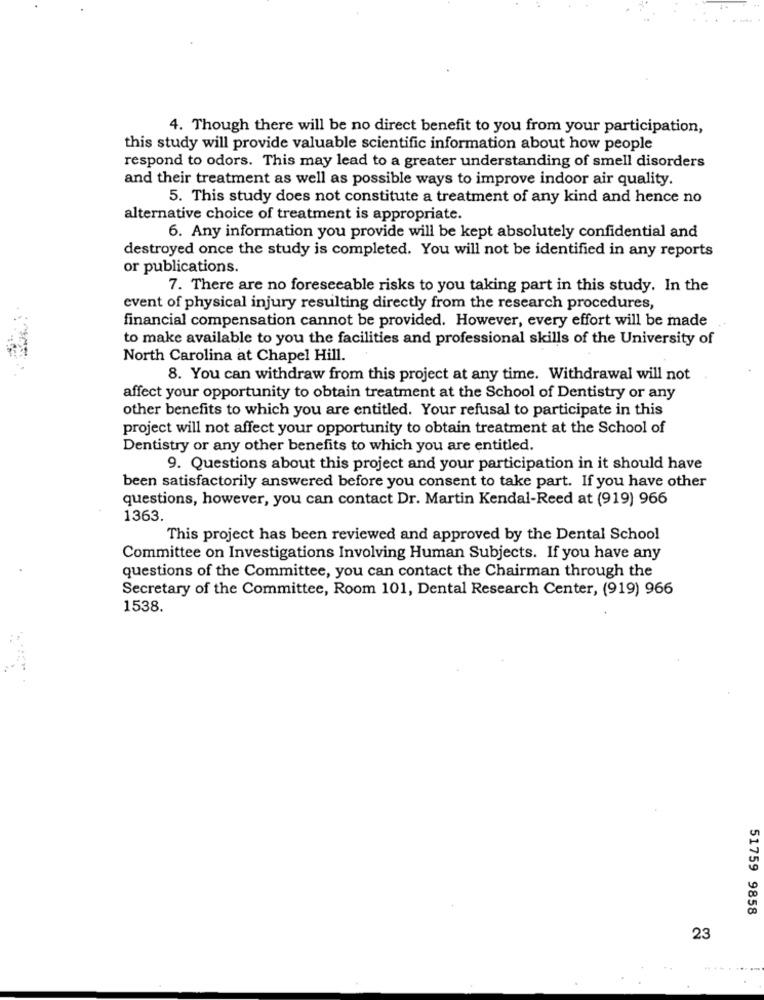
4. Though there will be no direct benefit to you from your participation,
this study will provide valuable scientific information about how people
respond to odors. This may lead to a greater understanding of smell disorders
and their treatment as well as possible ways to improve indoor air quality.
5. This study does not constitute a treatment of any kind and hence no
alternative choice of treatment is appropriate.
6. Any information you provide will be kept absolutely confidential and
destroyed once the study is completed. You will not be identified in any reports
or publications.
7. There are no foreseeable risks to you taking part in this study. In the
event of physical injury resulting directly from the research procedures,
financial compensation cannot be provided. However, every effort will be made
to make available to you the facilities and professional skills of the University of
North Carolina at Chapel Hill.
8. You can withdraw from this project at any time. Withdrawal will not
affect your opportunity to obtain treatment at the School of Dentistry or any
other benefits to which you are entitled. Your refusal to participate in this
project will not affect your opportunity to obtain treatment at the School of
Dentistry or any other benefits to which you are entitled.
9. Questions about this project and your participation in it should have
been satisfactorily answered before you consent to take part. If you have other
questions, however, you can contact Dr. Martin Kendal-Reed at (919) 966
1363.
This project has been reviewed and approved by the Dental School
Committee on Investigations Involving Human Subjects. If you have any
questions of the Committee, you can contact the Chairman through the
Secretary of the Committee, Room 101, Dental Research Center, (919) 966
1538.
51759 9858
23